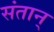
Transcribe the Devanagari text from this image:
संतान्